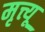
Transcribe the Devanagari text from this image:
मृत्त्यू